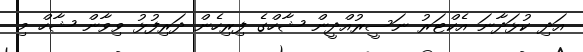
އަދި ކުޅަދާނަ އެކްޓަރު ނަސީރުއްދީން ޝާހްގެ ފިރިހެން ދަރިފުޅު ވިވާން ޝާހް މި